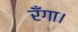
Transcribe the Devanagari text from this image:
रँगा।